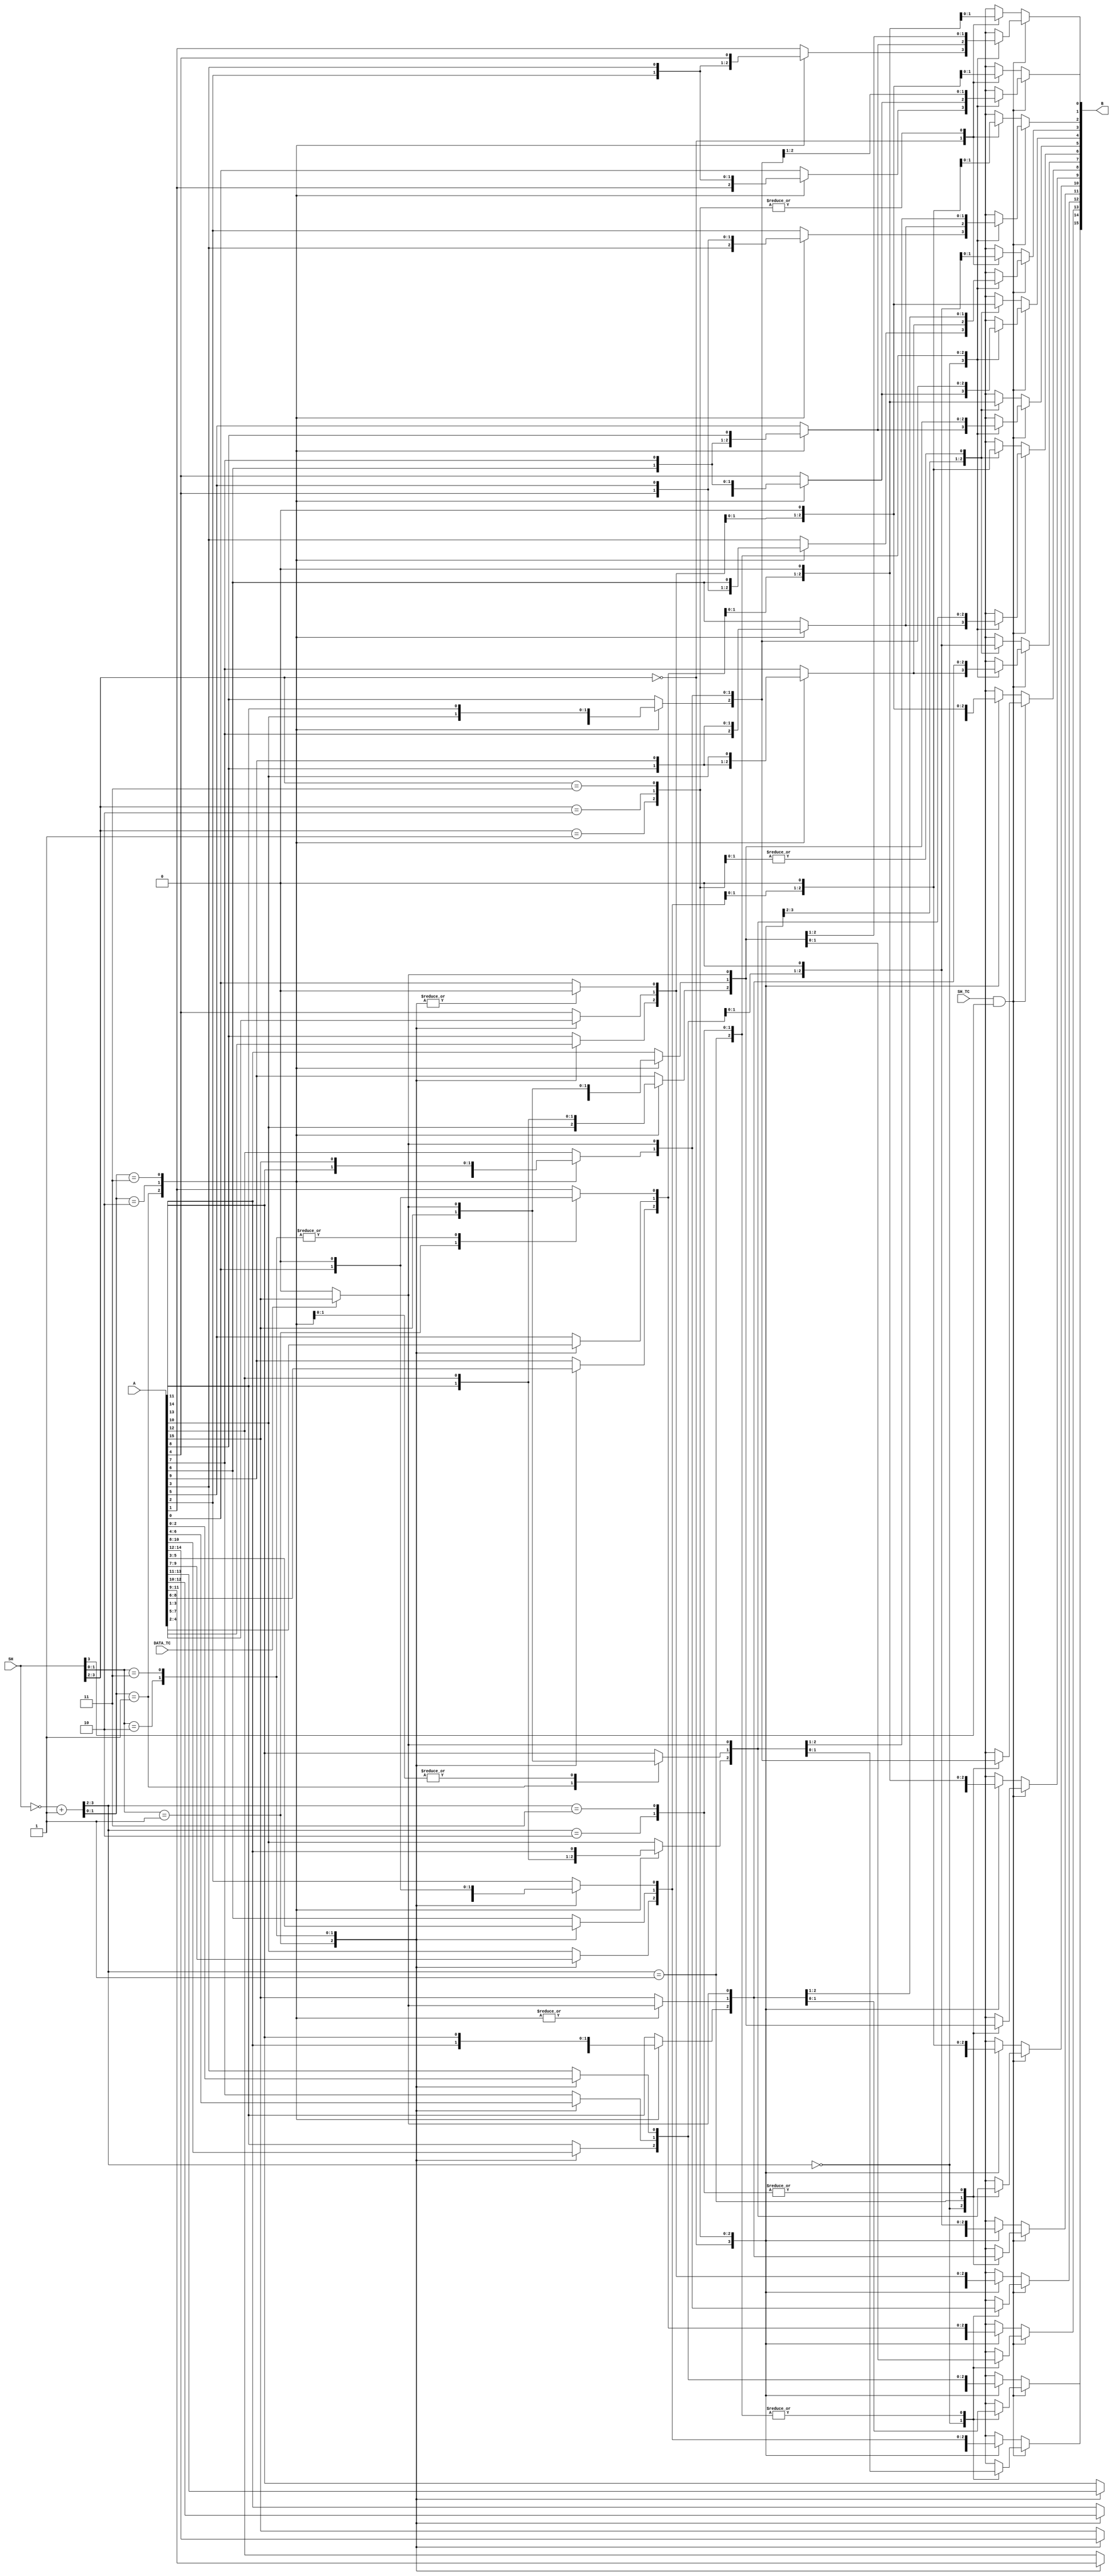

//--------------------------------------------------------------------------------------------------
//
// Title       : DW01_ash
// Design      : Airthmertic Shifter

// Company     : 	Software India Pvt. Ltd.
//-------------------------------------------------------------------------------------------------
//
// Description : DW01_ash is a general-purpose arithmetic shifter. The input data A is shifted 
// left or right by the number of bits specified by the control input SH.
//
//-------------------------------------------------------------------------------------------------
`timescale 1ns / 10ps
module DW01_ash ( B, A, DATA_TC, SH, SH_TC )/* synthesis syn_builtin_du = "weak" */;
	parameter	A_width = 16; //parameter specifying the data line width
	parameter	SH_width = 4;  //parameter specifying the shift line width
	
	input	[ A_width - 1 : 0 ]		A;//input A
	input	[ SH_width -1 : 0 ]		SH;//input Shift
	input							DATA_TC;//if 1, then A = 2's complement else normal
	input							SH_TC;//if 1, then Sh = 2's complement else normal
	
	output	[ A_width - 1 : 0 ]		B;//output B
	
    /****************** Internal parameter declaration *******************/
	parameter SEL_width = SH_width;   
	parameter SHIFT = 1 << SH_width;
//	parameter SHIFT_CNT = SHIFT > A_width ? SHIFT : A_width;
	parameter STG1_CNT = SHIFT/4 + ((SHIFT % 4 ) ? 1 : 0);
	parameter STG2_CNT = STG1_CNT/4 + ( STG1_CNT % 4  ? 1 : 0);
	parameter STG3_CNT = STG2_CNT/4 + ( STG2_CNT % 4  ? 1 : 0);
	/*********************************************************************/
	
	//internal decleration
	reg	[ (1'b1 << SH_width) - 1 : 0 ]	mux_in;
	reg	[ A_width - 1 : 0 ]		B;
	integer	i;
	integer	j;
	wire [ SH_width - 1 : 0 ]		SH_2s;//Count for right shift
      assign SH_2s = ~SH + 1;
	//Using MUXs for implementing arithmetic shift - the data bits are properly aligned based on the control inputs
	always @ ( A or DATA_TC or SH or SH_TC or SH_2s )
		if ( SH_width == 1 )
			begin
				if ( SH_TC && SH ) //right shift
					begin
					// synthesis loop_limit 2000  
						for ( i = 1; i < A_width; i = i + 1 )
							B[i-1] = A[i];
						if ( DATA_TC )
							B[A_width - 1] = A[A_width - 1];
						else
							B[A_width - 1] = 1'b0;					
					end
				else //left shift	
					begin
						B[0] = SH ? 1'b0 : A[0];
						// synthesis loop_limit 2000  
						for ( i = 1; i < A_width; i = i + 1 )
							if (SH)
								B[i] = A[i-1];
							else
								B[i] = A[i];
					end			
			end
		else	
		begin  
			if ( SH_TC && SH[SH_width - 1] ) //right shift 
				begin
				// synthesis loop_limit 2000  
					for ( i = 0; i < A_width; i = i + 1 )
						begin
						// synthesis loop_limit 2000  
							for ( j = 0; j < SHIFT; j = j + 1 )
								begin
									if ( (j+i) < A_width ) 
										mux_in[j] = A[j + i];
									else 
										begin
											if ( DATA_TC )
												mux_in[j] = A[A_width - 1];	//Sign-extend
											else
												mux_in[j] = 1'b0; //0-extend
										end
								end	
							B[i] = call_mux(mux_in, SH_2s); 
						end
				end			
			else	//left shift
				begin
				// synthesis loop_limit 2000  
					for ( i = 0; i < A_width; i = i + 1 )
						begin 
							// synthesis loop_limit 2000  
							for ( j = 0; j < SHIFT; j = j + 1 )
								begin		   
									if ( j <= i )
										mux_in[j] = A[i-j];
									else
										mux_in[j] = 1'b0;
								end	
							B[i] = call_mux(mux_in, SH); 
						end //for ( i = 0; i < A_width; j = i + 1 )
				end  //else	 -- left shift
		end  //else
		
		//MUX implementation
		function call_mux;
		input [(1'b1 << SH_width) - 1 :0] A; //A is power of 2 always
		input [SEL_width-1:0] SEL;
		reg [(1'b1 << SH_width) - 1 :0] new_A;
		reg                             MUX;
		integer	                        IN_WIDTH;
		
		begin 
			MUX = 0; 
			IN_WIDTH = (1'b1 << SH_width);
			new_A = A;
			if ( SEL_width % 2 )
				begin	
					if ( IN_WIDTH <= 4 )
						begin
							if ( SEL_width == 1 )
								MUX = SEL ?  new_A[1] : new_A[0];
							else
								MUX = mux4(A,SEL);
						end		
					else if ( IN_WIDTH <= 16 )
						begin: stg1_odd
							reg  temp_1;
							reg [3:0] MUX_1; 
							reg [3:0] temp_A;
							integer i,y;
							// synthesis loop_limit 2000  
							for ( i = 0; i < STG1_CNT; i = i + 1 )				  
								begin  
									// synthesis loop_limit 2000
									for ( y = 0; y < 4; y = y + 1 )
										temp_A[y] = new_A[4*i+y];
									temp_1 = mux4(temp_A,SEL[1:0]);
									MUX_1[i] = temp_1;
								end	
								
								MUX = SEL[2] ? MUX_1[1] : MUX_1[0];
						end
					else if ( IN_WIDTH <= 64 )
						begin: stg2_odd	
							reg  temp_1;
							reg  temp_2;
							reg [15:0] MUX_1;
							reg [3:0] MUX_2;
							reg [3:0] temp_A, temp_B;
							integer i,j;
							integer	y,z;
							// synthesis loop_limit 2000  
							for ( i = 0; i < STG1_CNT; i = i + 1 )
								begin
									// synthesis loop_limit 2000
									for ( y = 0; y < 4; y = y + 1 )
										temp_A[y] = new_A[4*i + y];
									temp_1 = mux4(temp_A,SEL[1:0]);
									MUX_1[i] = temp_1;
								end
								// synthesis loop_limit 2000  
								for ( j = 0; j < STG2_CNT; j = j + 1 )	
									begin
										// synthesis loop_limit 2000
										for ( z = 0; z < 4; z = z + 1 )
											temp_B[z] = MUX_1[4*j+z];
										temp_2 = mux4(temp_B,SEL[3:2]);
										MUX_2[j] = temp_2;
									end
									
								MUX = SEL[4] ? MUX_2[1] : MUX_2[0];
						end
					else if (IN_WIDTH <= 256)
						begin: stg3_odd	 
							reg temp_1;
							reg temp_2;
							reg temp_3;
							reg [63:0] MUX_1;
							reg [15:0] MUX_2;
							reg [3:0] MUX_3; 
							reg [3:0] temp_A, temp_B, temp_C;
							integer i,j,k;
							integer	u,y,z;
							// synthesis loop_limit 2000  
							for ( i = 0; i < STG1_CNT; i = i + 1 )
								begin
									// synthesis loop_limit 2000
									for ( y = 0; y < 4; y = y + 1 )
										temp_A[y] = new_A[4*i + y];
									temp_1 = mux4(temp_A,SEL[1:0]);
										MUX_1[i] = temp_1;
								end
							// synthesis loop_limit 2000  	
							for ( j = 0; j < STG2_CNT; j = j + 1 )	
								begin
									// synthesis loop_limit 2000
									for ( z = 0; z < 4; z = z + 1 )
										temp_B[z] = MUX_1[4*j+z];
									temp_2 = mux4(temp_B,SEL[3:2]);
										MUX_2[j] = temp_2;
								end
							// synthesis loop_limit 2000  
							for ( k = 0; k < STG3_CNT; k = k + 1 )	
								begin
									// synthesis loop_limit 2000
									for ( u = 0; u < 4; u = u + 1 )
										temp_C[u] = MUX_2[4*k+u];
									temp_3 = mux4(temp_C,SEL[5:4]);
										MUX_3[ k] = temp_3;
								end
							MUX = SEL[6] ? MUX_3[1] : MUX_3[0];
					    end
					else	
						begin:all
								MUX = A[SEL]; 
						end
				end
			else
				begin
					if ( IN_WIDTH <= 4 )
						MUX = mux4(A,SEL);
					else if ( IN_WIDTH <= 16 )
						begin: stg_1
							reg       temp_1;
							reg [3:0] MUX_1; 
							reg [3:0] temp_A;
							integer   i,x,y;
							// synthesis loop_limit 2000  
							for ( i = 0; i < STG1_CNT; i = i + 1 )				  
								begin  
									// synthesis loop_limit 2000
									for ( y = 0; y < 4; y = y + 1 )
										temp_A[y] = new_A[4*i + y];
									temp_1 = mux4(temp_A, SEL[1:0]);
									MUX_1[i] = temp_1;
								end		
							MUX = mux4(MUX_1, SEL[3:2]);
						end
					else if ( IN_WIDTH <= 64 )
						begin: stg_2	
							reg temp_1;
							reg temp_2;
							reg [15:0] MUX_1;
							reg [3:0] MUX_2;
							reg [3:0] temp_A, temp_B;
							integer i,j;
							integer	y,z;
							// synthesis loop_limit 2000  
							for ( i = 0; i < STG1_CNT; i = i + 1 )
								begin
									// synthesis loop_limit 2000
									for ( y = 0; y < 4; y = y + 1 )
										temp_A[y] = new_A[4*i + y];
									temp_1 = mux4(temp_A,SEL[1:0]);
									MUX_1[i] = temp_1;
								end
							// synthesis loop_limit 2000  
							for ( j = 0; j < STG2_CNT; j = j + 1 )	
								begin
									// synthesis loop_limit 2000
									for ( z = 0; z < 4; z = z + 1 )
										temp_B[z] = MUX_1[4*j+z];
									temp_2 = mux4(temp_B,SEL[3:2]);
									MUX_2[j] = temp_2;
								end
							MUX = mux4(MUX_2,SEL[5:4]);
						end
					else if (IN_WIDTH <= 256)
						begin: stg_3	 
							reg temp_1;
							reg temp_2;
							reg temp_3;
							reg [63:0] MUX_1;
							reg [15:0] MUX_2;
							reg [3:0] MUX_3; 
							reg [3:0] temp_A, temp_B, temp_C;
							integer i,j,k;
							integer	u,y,z;
              // synthesis loop_limit 2000  
							for ( i = 0; i < STG1_CNT; i = i + 1 )
								begin
									// synthesis loop_limit 2000
									for ( y = 0; y < 4; y = y + 1 )
										temp_A[y] = new_A[4*i + y];
									temp_1 = mux4(temp_A,SEL[1:0]);
									MUX_1[i] = temp_1;
								end
							// synthesis loop_limit 2000  
							for ( j = 0; j < STG2_CNT; j = j + 1 )	
								begin
									// synthesis loop_limit 2000
									for ( z = 0; z < 4; z = z + 1 )
										temp_B[z] = MUX_1[4*j+z];
									temp_2 = mux4(temp_B,SEL[3:2]);
										MUX_2[j] = temp_2;
								end
							// synthesis loop_limit 2000  
							for ( k = 0; k < STG3_CNT; k = k + 1 )	
								begin
									// synthesis loop_limit 2000
									for ( u = 0; u < 4; u = u + 1 )
										temp_C[u] = MUX_2[4*k+u];
									temp_3 = mux4(temp_C,SEL[5:4]);
										MUX_3[k] = temp_3;
								end
							MUX = mux4(MUX_3,SEL[7:6]);					
						end
					else
						begin:all_even
								MUX = A[SEL]; 
						end
				end	
				call_mux = MUX;
		end 
		endfunction
		
		//MUX-4 Implementation
		function  mux4;
		input [3:0]  a;
		input [1:0]  sel;
		
		begin
			case ( sel ) /* synthesis parallel_case */
				2'b00: mux4 = a[0];
				2'b01: mux4 = a[1];
				2'b10: mux4 = a[2];
				2'b11: mux4 = a[3];
				default: mux4 = 'bx;
			endcase
		end	
		endfunction
						
	
endmodule